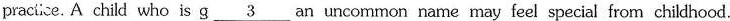
practice. A child who is g\underline{3} an uncommon name may feel special from childhood.